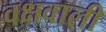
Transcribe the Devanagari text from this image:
वक्षवाली